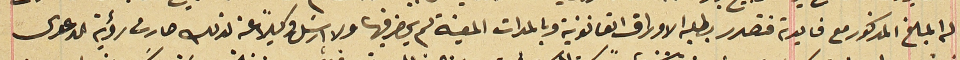
له المبلغ المذكور مع فايدة فتصدر بطلبه الاوراق القانونية وبالمدات المعينة لم يحضر فيها ولا ارسَل وكيلاً عنه لذلك صارت رؤية الدعوى